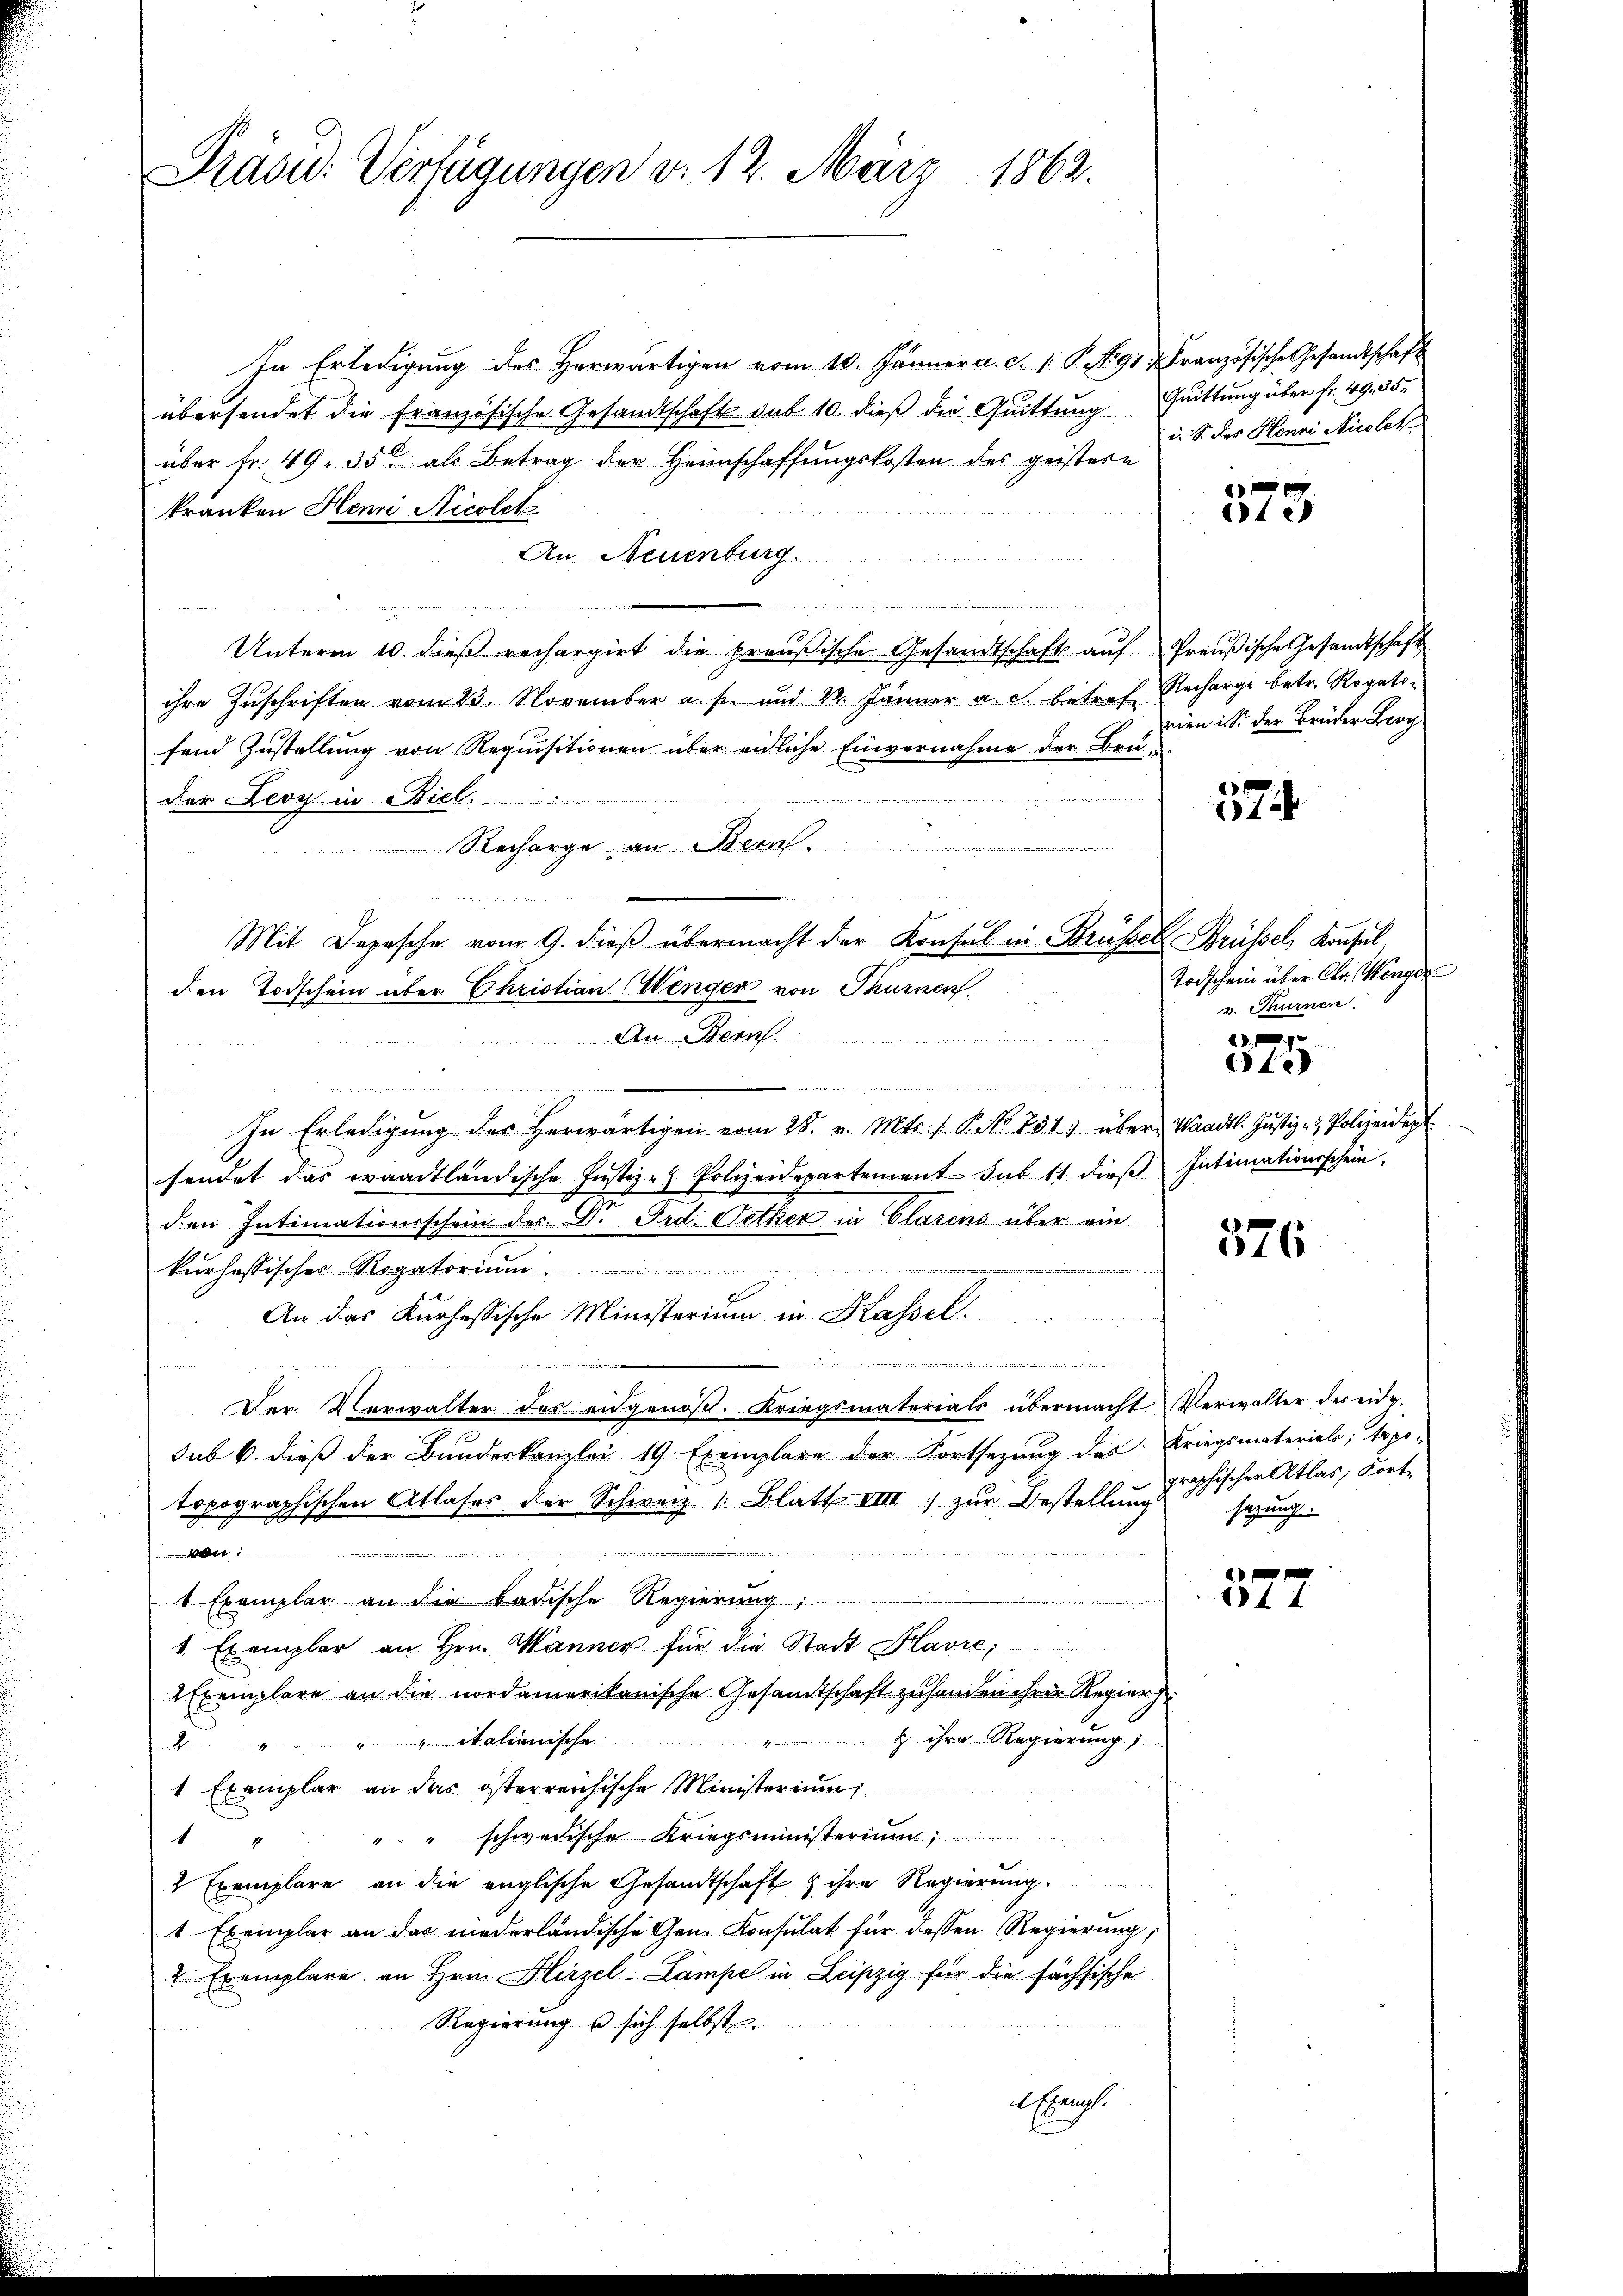
Präsid. Verfügungen d. 12. März 1862.

In Erledigung des Herwärtigen vom 10. Jänner a. c. s. S. No 91. Französische Gesandtschaft
übersendet die französische Gesandtschaft sub 10. dieß die Quittung Quittung über fr. 49. 35.
über Fr. 49. 35 als Betrag der Heimschaffungskosten des geistern
kranken Henri Nicolet
An Neuenburg.
.
.......
Unterm 10. dieβ rechargirt die preußische Gesandtschaft aŭf Preußische Gesandtschaft
ihre Zuschriften vom 23. November a. p. und 22. Jänner a. c. betref Recharge betr. Rogatofend Zustellŭng von Requisitionen über eidliche Einvernahme der Brü-
enommen einer ungerungenommend
der Leoy in Biel.
Recharge an Bern

Mit Depesche vom 9. dieß übermacht der Konsul in Brüsser Brüssel, Konsul
den Todschein über Christian Wenger von Thurnen.
An Bern.

n

In Erledigŭng des herwärtigen vom 28. v. Mts. / P. No. 734. über Waadt. Jŭstiz- & Polizeidept
sendet das waadtländische Justiz- & Polizeidepartement sub. 11. dieβ Intimationsschein.
den Intimationsschein des D. Frd. Oetker in Clarens über ein

kurhessisches Rogatorium
An das Kurhessische Ministerium in Kassel
ge
2
Der Vorwalter des angenoß. Kriegsmatorials übermacht Verwalter des eidg.
sub 6. dieß der Bundeskanzlei 19 Exemplare der Fortsezung des Kriegsmaterials; topo-
topographischen Atlases der Schweiz. /: Blatt III) zŭr Bestellung
.

4 Exemplar an die badische Regierung;
.
4 Exemplar an Hrn. Manner für die Stadt Havre,
2 Exemplare an die nordamerikanische Gesandtschaft zusenden ihrer Regier
 ihre Regierung;
4 " " " italienische
1 Exemplar an das österreichische Ministerium
"" schwedische Kriegsministerium
1
2 Exemplare an die englische Gesandtschaft & ihre Regierung
1 Exemplar an das niederländische Gen. Konsulat für dessen Regierŭng,
2 Exemplare an Hrn. Hirzel-Lampe in Leipzig für die sächsische
Regierung u sich selbst.
4 Exempl.

i. S. des Planei Nicolck

xx
te

eien ist der Brüder Broch

574.

Todschein über Chr. Wenger
v. Thurnen
fxx
te

376

graphischer Atlas, Fortsezung.

xx
44